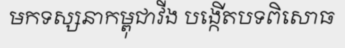
មកទស្សនាកម្ពុជាវីង បង្កើតបទពិសោធ